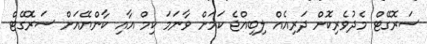
ސަރޮގޭޓް މެދުވެރިކޮށް ދަރިއެއް ލިބިއްޖެ ކަމަށް ވާނަމަ ކިމް އާއި ކާންޔޭއަށް ސަރޮގޭޓް